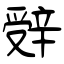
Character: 辤